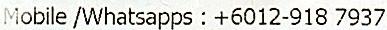
MOBILE /WHATSAPPS : +6012-918 7937